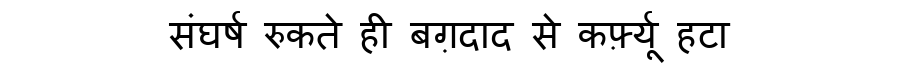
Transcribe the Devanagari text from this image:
संघर्ष रुकते ही बग़दाद से कर्फ़्यू हटा